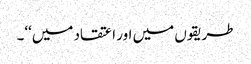
طریقوں میں اور اعتقاد میں‘‘۔